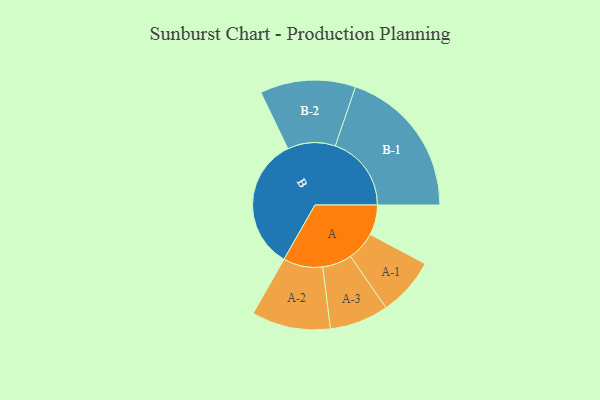
{"axis": {"x": "Segment", "y": "Value"}, "legend": ["", "A", "B"], "data": [{"x": "A", "y": 105, "type": ""}, {"x": "B", "y": 466, "type": ""}, {"x": "A-1", "y": 102, "type": "A"}, {"x": "A-2", "y": 138, "type": "A"}, {"x": "A-3", "y": 103, "type": "A"}, {"x": "B-1", "y": 266, "type": "B"}, {"x": "B-2", "y": 167, "type": "B"}]}